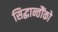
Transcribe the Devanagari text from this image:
सिद्धान्तौंको